65_HS1-834228961_62-HQ-83894_Section_2
Agency: FBI
Page 71
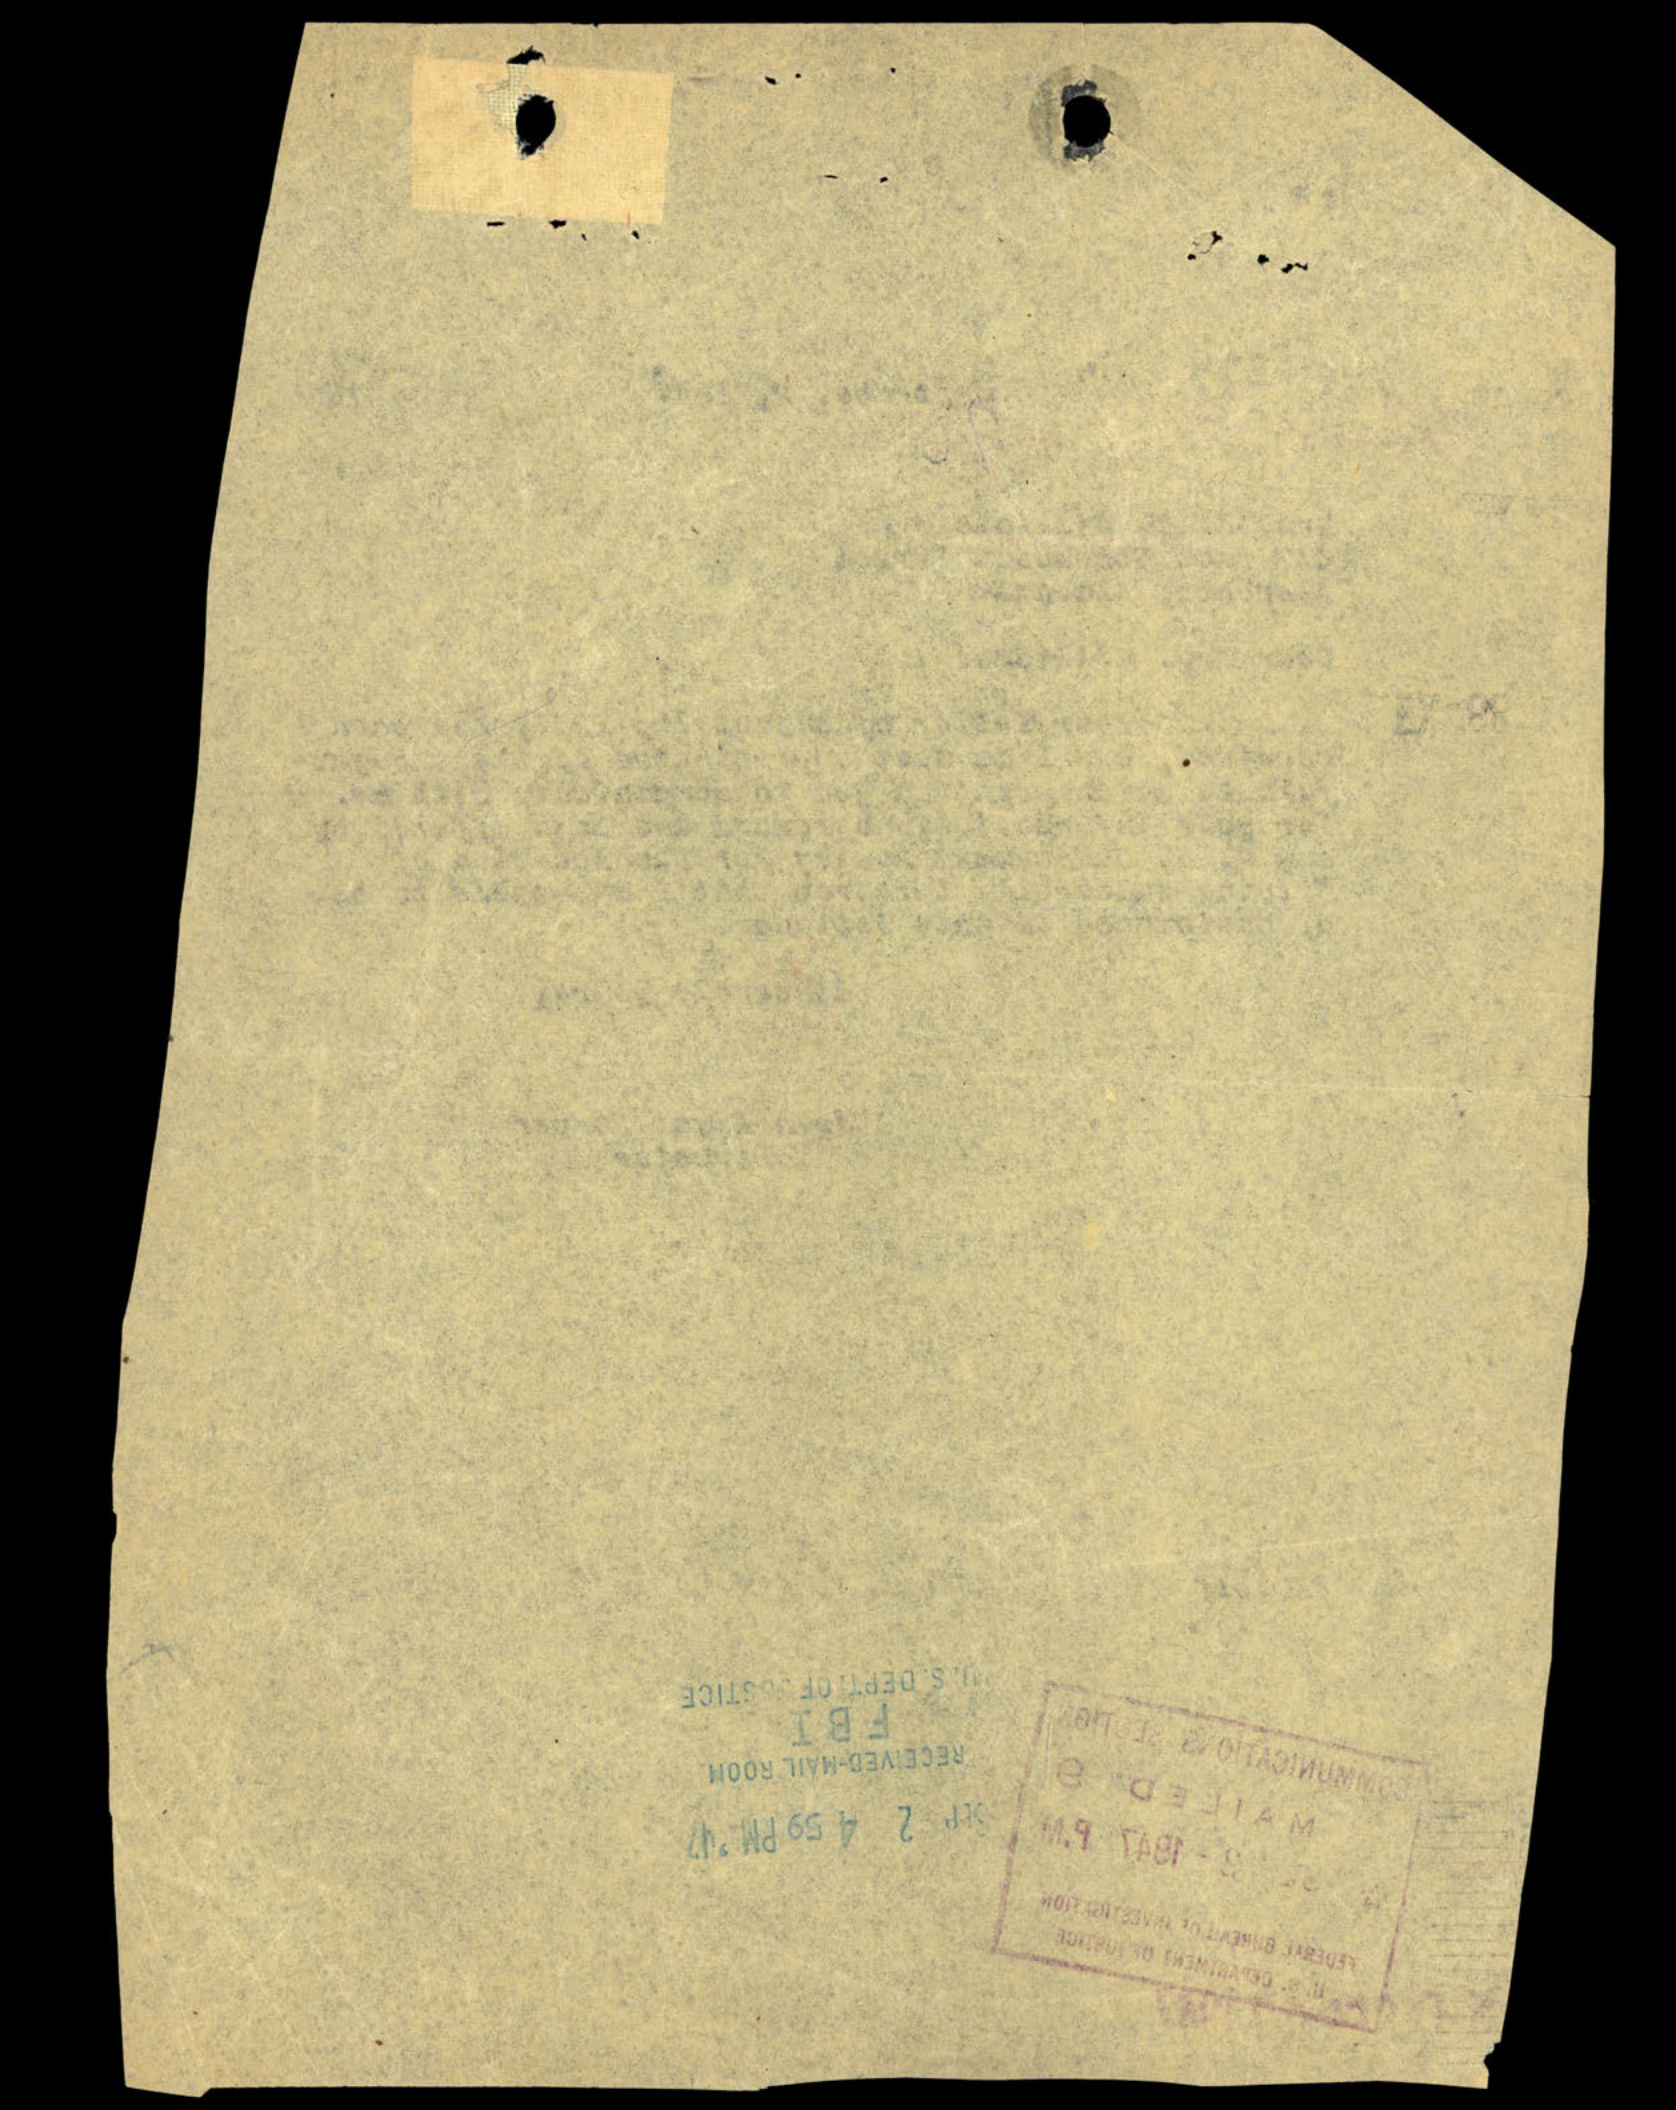